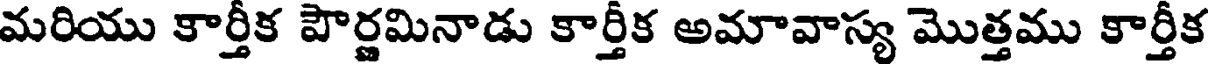
మరియు కార్తీక పౌర్ణమినాడు కార్తీక అమావాస్య మొత్తము కార్తీక